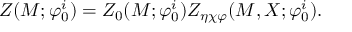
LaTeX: Z ( { \cal M } ; { \varphi } _ { 0 } ^ { i } ) = Z _ { 0 } ( { \cal M } ; { \varphi } _ { 0 } ^ { i } ) Z _ { \eta \chi \varphi } ( { \cal M } , X ; { \varphi } _ { 0 } ^ { i } ) .